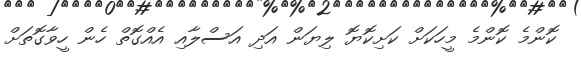
ކޮންމެ ކޮންމެ މީހަކަށް ކަށިކޮޔޮ ލިޔަން އަދި އަސްލާއި އެއްގޮތް ހެން ހީވާގޮތަށް